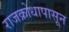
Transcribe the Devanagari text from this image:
राजक्रोधापासून